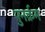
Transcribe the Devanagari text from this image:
पुनर्क्रम